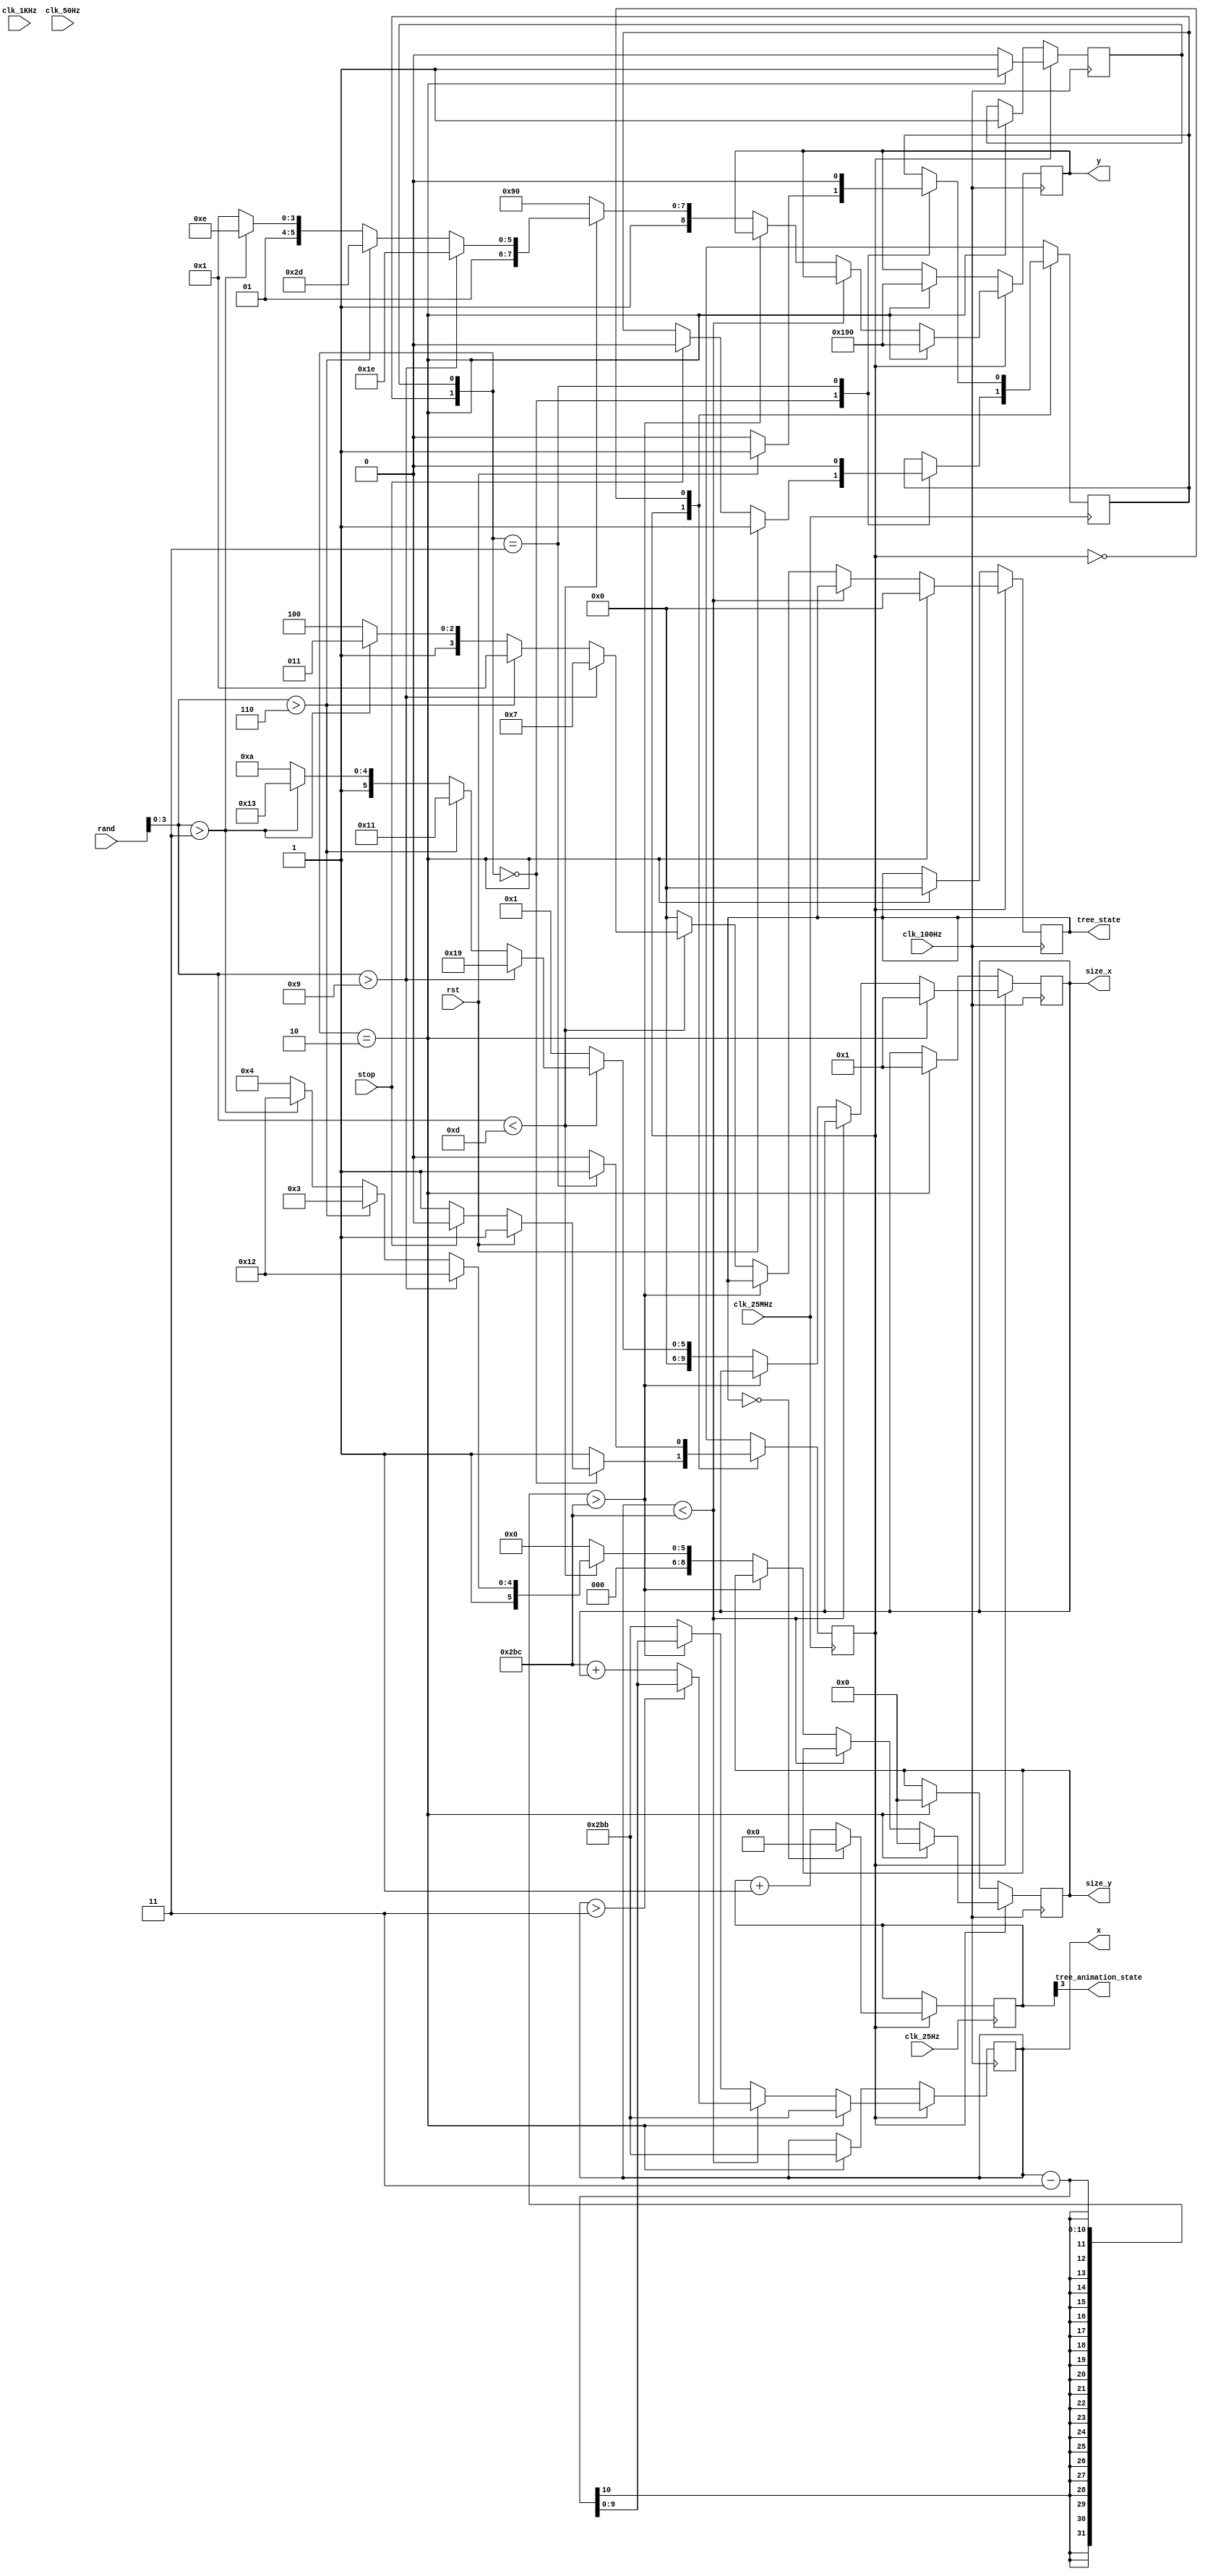
module tree(
    input wire clk_25MHz,
    input wire clk_1KHz,
    input wire clk_100Hz,
    input wire clk_50Hz,
    input wire clk_25Hz,
    input wire [31: 0] rand,
    input wire rst,
    input wire stop,
    output reg [9: 0]x,
    output reg [8: 0]y,
    output reg [3: 0]tree_state = TREE_NONE, 
    output wire tree_animation_state,
    output wire [9: 0]size_x,
    output wire [8: 0]size_y
);

parameter TREE_INITIAL_POS_Y = 400,
          TREE_INITIAL_POS_X = 700,
          TREE_ANIMATION_T = 3;
parameter SPEED = 3;
initial begin
    x = TREE_INITIAL_POS_X;
    y = TREE_INITIAL_POS_Y;
end

// animation
reg [31: 0]animation_count = 0;
always @(posedge clk_25Hz)begin
    if(EN)begin
        if(tree_state == TREE_NONE) animation_count <= 0;
            else animation_count <= animation_count + 1;
    end
end
assign tree_animation_state = animation_count[TREE_ANIMATION_T];

// tree main control
localparam  TREE_NONE = 4'b00_00,//0
            TREE_S_1  = 4'b00_01,//1
            TREE_S_2  = 4'b00_10,//2
            TREE_S_3  = 4'b00_11,//3
            TREE_S_4  = 4'b01_00,//4
            TREE_S_5  = 4'b01_01,//5
            TREE_S_6  = 4'b01_10,//6
            TREE_B_1  = 4'b01_11,//7
            TREE_B_2  = 4'b10_00,//8
            TREE_B_3  = 4'b10_01,//9
            TREE_B_4  = 4'b10_10,//10
            TREE_CL   = 4'b10_11,//11
            TREE_BD   = 4'b11_00,//12
            TREE_UNSET= 4'b11_11;//15

localparam  TREE_SIZE_S_X = 17,
            TREE_SIZE_S_Y = 35,
            TREE_SIZE_B_X = 25,
            TREE_SIZE_B_Y = 50,
            TREE_SIZE_BD_X= 42,
            TREE_SIZE_BD_Y= 36,
            TREE_SIZE_CL_X= 51,
            TREE_SIZE_CL_Y= 50;
assign size_x = TREE_SIZE;
assign size_y = TREE_SIZE_Y;
reg [9: 0]TREE_SIZE = 1;
reg [8: 0]TREE_SIZE_Y = 0;
// tree enable
reg EN = 0;

// tree reset state
localparam TREE_RESET_OVER_NR = 1,
           TREE_RESET_OVER_R  = 0,
           TREE_RESET_R = 3,
           TREE_RESET_NR = 2;

reg [1: 0]tree_reset_state = TREE_RESET_OVER_R;
always @(posedge clk_100Hz)begin
    if(EN)begin
        if(tree_reset_state == TREE_RESET_NR)begin // recieve the reset
            tree_state = TREE_NONE;
            TREE_SIZE = 1;
            TREE_SIZE_Y = 0;
            x = TREE_INITIAL_POS_X - 1;
            y = TREE_INITIAL_POS_Y;
            tree_reset_state[0] = 1;
        end
        else begin
            tree_reset_state[0] = 0;
            if(x < TREE_INITIAL_POS_X)begin // between the l and the r-bound
                x = (x > SPEED) ? (x - SPEED) : TREE_INITIAL_POS_X + TREE_SIZE;
            end
            else begin 
                if(x - SPEED > TREE_INITIAL_POS_X)begin // somehow more than the l but show something
                    x = x - SPEED;
                end
                else begin // over
                    x = TREE_INITIAL_POS_X - 1;
                    if(rand[3: 0] < 13)begin  
                        if(rand[3: 0] > 9)begin
                            tree_state = TREE_B_1;
                            TREE_SIZE = TREE_SIZE_B_X;
                            TREE_SIZE_Y = TREE_SIZE_B_Y;
                            y = TREE_INITIAL_POS_Y - TREE_SIZE_B_Y;
                        end
                        else if(rand[3: 0] > 6)begin
                            tree_state = TREE_S_1;
                            TREE_SIZE = TREE_SIZE_S_X;
                            TREE_SIZE_Y = TREE_SIZE_S_Y;
                            y = TREE_INITIAL_POS_Y - TREE_SIZE_S_Y;
                        end
                        else if(rand[3: 0] > 3)begin
                            tree_state = TREE_CL;
                            TREE_SIZE = TREE_SIZE_CL_X;
                            TREE_SIZE_Y = TREE_SIZE_CL_Y;
                            y = TREE_INITIAL_POS_Y - TREE_SIZE_CL_Y;                  
                        end
                        else begin
                            tree_state = TREE_BD;
                            TREE_SIZE = TREE_SIZE_BD_X;
                            TREE_SIZE_Y = TREE_SIZE_BD_Y;
                            y = TREE_INITIAL_POS_Y - TREE_SIZE_BD_Y - 27;
                        end
                    end
                    else begin
                        TREE_SIZE = 1;
                        TREE_SIZE_Y = 0;
                        y = TREE_INITIAL_POS_Y;
                        tree_state = TREE_NONE;
                    end
                    
                end
            end
             
        end
    end 
    else begin // not enabled
        if(tree_reset_state == TREE_RESET_NR)begin// reset when not enabled
            tree_state = TREE_NONE;
            TREE_SIZE = 1;
            TREE_SIZE_Y = 0;
            x = TREE_INITIAL_POS_X - 1;
            y = TREE_INITIAL_POS_Y;
            tree_reset_state[0] = 1;
        end
    end
end

always @(posedge clk_25MHz)begin
    case (EN)
        1: begin
            case(tree_reset_state)
                TREE_RESET_OVER_R: begin
                    if(rst)begin
                        tree_reset_state[1] = 1;    
                    end
                    else if(stop)begin
                        tree_reset_state[1] = 0;
                        EN = 0;
                    end
                end
                TREE_RESET_R: begin
                    tree_reset_state[1] = 0;
                end
            endcase
        end
        0: begin
            case(tree_reset_state)
                TREE_RESET_OVER_R: begin
                    if(rst)begin
                        tree_reset_state[1] = 1;    
                    end
                    else begin
                        tree_reset_state[1] = 0;
                    end
                end
                TREE_RESET_R: begin
                    tree_reset_state[1] = 0;
                    EN = 1;
                end
            endcase
        end  
    endcase
end

endmodule